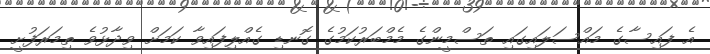
އެ ފައިސާގެ މައްސަލައިގައި ތަސްމީންގެ މެމްބަރުކަމުގެ ގޮނޑި ގެއްލިފައިވާ ކަމަށް ވިދާޅުވެ ތިމަރަފުށީ